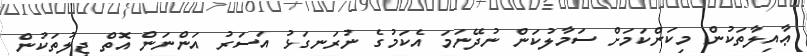
ޢާއިލާތަކުން މިކަންކަމަށް ސަމާލުކަން ނުދޭނަމަ އެކަމުގެ ނުރަނގަޅު އަސަރު އަންނަން އޮތް ޖީލުތަކުން